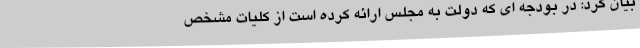
بیان کرد: در بودجه ای که دولت به مجلس ارائه کرده است از کلیات مشخص